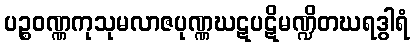
ပဉ္စဝဏ္ဏကုသုမလာဇပုဏ္ဏဃဋပဋိမဏ္ဍိတဃရဒွါရံ